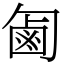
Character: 㔪